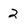
Character: 2